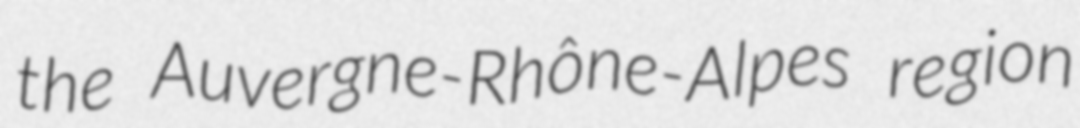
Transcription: the Auvergne-Rhône-Alpes region